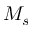
M _ { s }